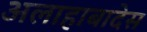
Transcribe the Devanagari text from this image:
अलाहाबादेस